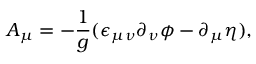
A _ { \mu } = - \frac { 1 } { g } ( \epsilon _ { \mu \nu } \partial _ { \nu } \phi - \partial _ { \mu } \eta ) ,